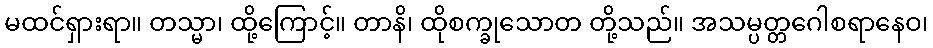
မထင်ရှားရာ။ တသ္မာ၊ ထို့ကြောင့်။ တာနိ၊ ထိုစက္ခုသောတ တို့သည်။ အသမ္ပတ္တဂေါစရာနေဝ၊